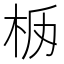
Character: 𣐧